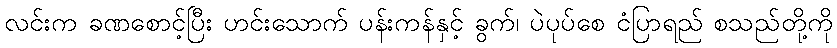
လင်းက ခဏစောင့်ပြီး ဟင်းသောက် ပန်းကန်နှင့် ခွက်၊ ပဲပုပ်စေ ငံပြာရည် စသည်တို့ကို